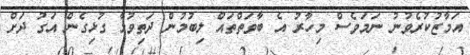
އަމާޒުކުރެވުނު ނަމަވެސް މިހާރު އެ ބާވަތްތައް ލިބުމުން ދަތިވުމާ ގުޅިގެން އަގު ދަށް